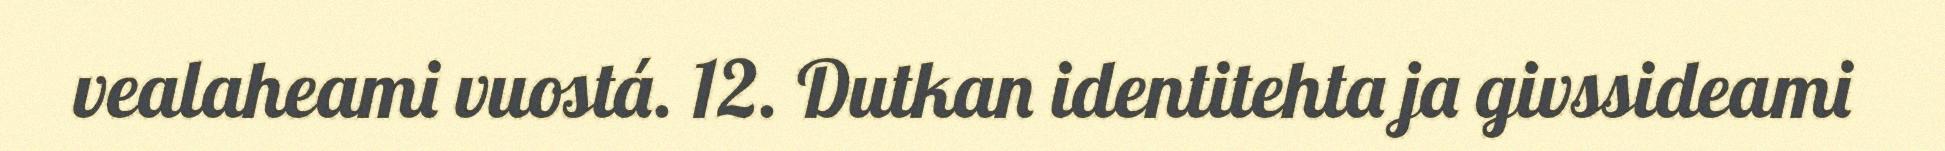
vealaheami vuostá. 12. Dutkan identitehta ja givssideami